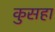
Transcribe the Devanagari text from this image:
कुसहा